Vaccination in Burma 1912-1922 - 1912-1922
Year: 1912
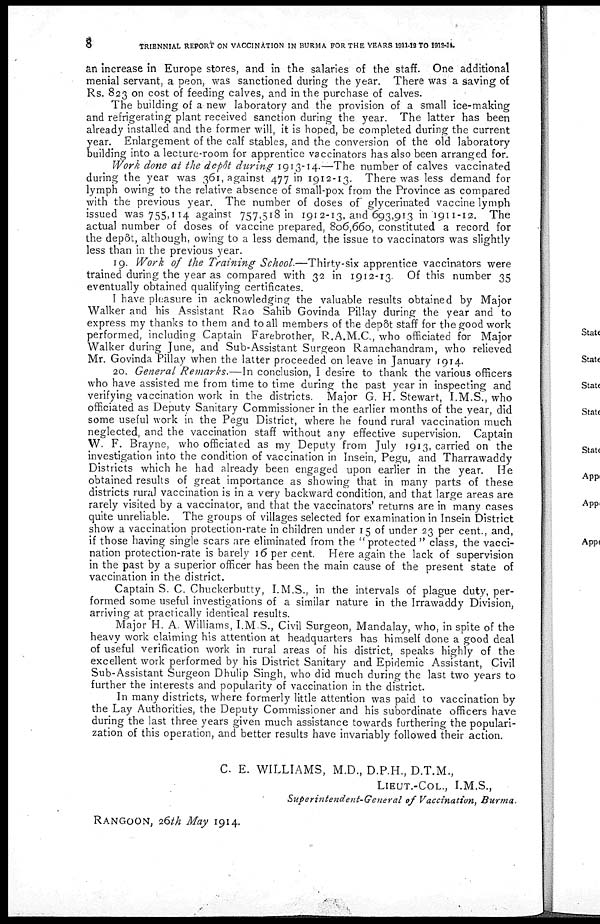
8
TRIENNIAL REPORT ON VACCINATION IN BURMA FOR THE YEARS 1911-12 TO 1913-14.
an increase in Europe stores, and in the salaries of the staff. One additional
menial servant, a peon, was sanctioned during the year. There was a saving of
Rs. 823 on cost of feeding calves, and in the purchase of calves.
The building of a new laboratory and the provision of a small ice-making
and refrigerating plant received sanction during the year. The latter has been
already installed and the former will, it is hoped, be completed during the current
year. Enlargement of the calf stables, and the conversion of the old laboratory
building into a lecture-room for apprentice vaccinators has also been arranged for.
Work done at the depôt during 1913-14.—The number of calves vaccinated
during the year was 361, against 477 in 1912-13. There was less demand for
lymph owing to the relative absence of small-pox from the Province as compared
with the previous year. The number of doses of glycerinated vaccine lymph
issued was 755,114 against 757,518 in 1912-13, and 693,913 in 1911-12. The
actual number of doses of vaccine prepared, 806,660, constituted a record for
the depôt, although, owing to a less demand, the issue to vaccinators was slightly
less than in the previous year.
19. Work of the Training School.—Thirty-six apprentice vaccinators were
trained during the year as compared with 32 in 1912-13. Of this number 35
eventually obtained qualifying certificates.
I have pleasure in acknowledging the valuable results obtained by Major
Walker and his Assistant Rao Sahib Govinda Pillay during the year and to
express my thanks to them and to all members of the depôt staff for the good work
performed, including Captain Farebrother, R.A.M.C., who officiated for Major
Walker during June, and Sub-Assistant Surgeon Ramachandram, who relieved
Mr. Govinda Pillay when the latter proceeded on leave in January 1914.
20. General Remarks.—In conclusion, I desire to thank the various officers
who have assisted me from time to time during the past year in inspecting and
verifying vaccination work in the districts. Major G. H. Stewart, I.M.S., who
officiated as Deputy Sanitary Commissioner in the earlier months of the year, did
some useful work in the Pegu District, where he found rural vaccination much
neglected, and the vaccination staff without any effective supervision. Captain
W. F. Brayne, who officiated as my Deputy from July 1913, carried on the
investigation into the condition of vaccination in Insein, Pegu, and Tharrawaddy
Districts which he had already been engaged upon earlier in the year. He
obtained results of great importance as showing that in many parts of these
districts rural vaccination is in a very backward condition, and that large areas are
rarely visited by a vaccinator, and that the vaccinators' returns are in many cases
quite unreliable. The groups of villages selected for examination in Insein District
show a vaccination protection-rate in children under 15 of under 23 per cent., and,
if those having single scars are eliminated from the "protected " class, the vacci-
nation protection-rate is barely 16 per cent. Here again the lack of supervision
in the past by a superior officer has been the main cause of the present state of
vaccination in the district.
Captain S. C. Chuckerbutty, I.M.S., in the intervals of plague duty, per-
formed some useful investigations of a similar nature in the Irrawaddy Division,
arriving at practically identical results.
Major H. A. Williams, I.M.S., Civil Surgeon, Mandalay, who, in spite of the
heavy work claiming his attention at headquarters has himself done a good deal
of useful verification work in rural areas of his district, speaks highly of the
excellent work performed by his District Sanitary and Epidemic Assistant, Civil
Sub-Assistant Surgeon Dhulip Singh, who did much during the last two years to
further the interests and popularity of vaccination in the district.
In many districts, where formerly little attention was paid to vaccination by
the Lay Authorities, the Deputy Commissioner and his subordinate officers have
during the last three years given much assistance towards furthering the populari-
zation of this operation, and better results have invariably followed their action.
C. E. WILLIAMS, M.D., D.P.H., D.T.M.,
LIEUT.-COL., I.M.S.,
Superintendent-General of Vaccination, Burma.
RANGOON, 26th May 1914.